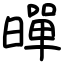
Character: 暺